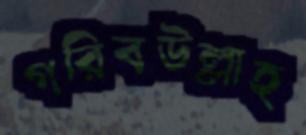
গরিবউল্লাহ